Treatise on elephants
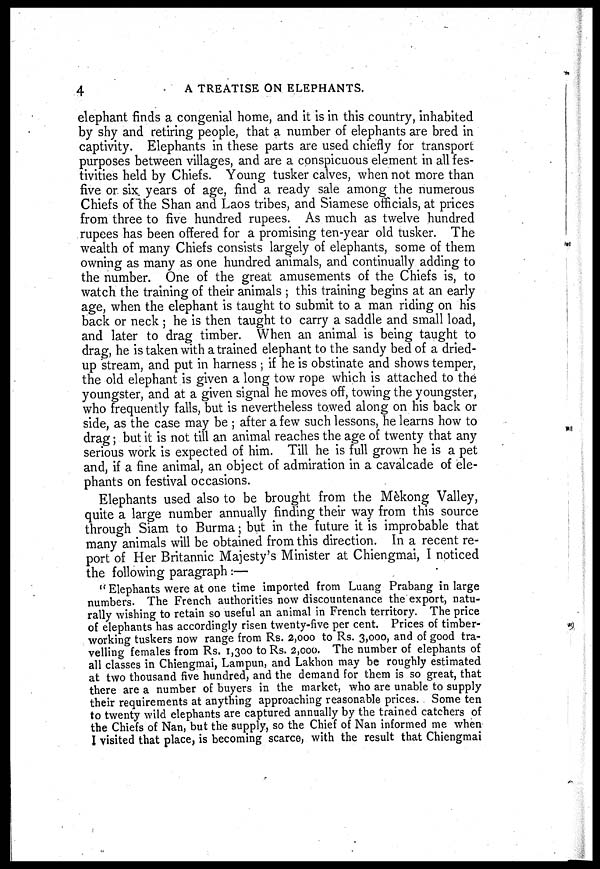
4
A TREATISE ON ELEPHANTS.
elephant finds a congenial home, and it is in this country, inhabited
by shy and retiring people, that a number of elephants are bred in
captivity. Elephants in these parts are used chiefly for transport
purposes between villages, and are a conspicuous element in all fes-
tivities held by Chiefs. Young tusker calves, when not more than
five or six years of age, find a ready sale among the numerous
Chiefs of the Shan and Laos tribes, and Siamese officials, at prices
from three to five hundred rupees. As much as twelve hundred
rupees has been offered for a promising ten-year old tusker. The
wealth of many Chiefs consists largely of elephants, some of them
owning as many as one hundred animals, and continually adding to
the number. One of the great amusements of the Chiefs is, to
watch the training of their animals ; this training begins at an early
age, when the elephant is taught to submit to a man riding on his
back or neck ; he is then taught to carry a saddle and small load,
and later to drag timber. When an animal is being taught to
drag, he is taken with a trained elephant to the sandy bed of a dried-
up stream, and put in harness ; if he is obstinate and shows temper,
the old elephant is given a long tow rope which is attached to the
youngster, and at a given signal he moves off, towing the youngster,
who frequently falls, but is nevertheless towed along on his back or
side, as the case may be ; after a few such lessons, he learns how to
drag; but it is not till an animal reaches the age of twenty that any
serious work is expected of him. Till he is full grown he is a pet
and, if a fine animal, an object of admiration in a cavalcade of ele-
phants on festival occasions.
Elephants used also to be brought from the Mèkong Valley,
quite a large number annually finding their way from this source
through Siam to Burma; but in the future it is improbable that
many animals will be obtained from this direction. In a recent re-
port of Her Britannic Majesty's Minister at Chiengmai, I noticed
the following paragraph :—
" Elephants were at one time imported from Luang Prabang in large
numbers. The French authorities now discountenance the export, natu-
rally wishing to retain so useful an animal in French territory. The price
of elephants has accordingly risen twenty-five per cent. Prices of timber-
working tuskers now range from Rs. 2,000 to Rs. 3,000, and of good tra-
velling females from Rs. 1,300 to Rs. 2,000. The number of elephants of
all classes in Chiengmai, Lampun, and Lakhon may be roughly estimated
at two thousand five hundred, and the demand for them is so great, that
there are a number of buyers in the market, who are unable to supply
their requirements at anything approaching reasonable prices. Some ten
to twenty wild elephants are captured annually by the trained catchers of
the Chiefs of Nan, but the supply, so the Chief of Nan informed me when
I visited that place, is becoming scarce, with the result that Chiengmai